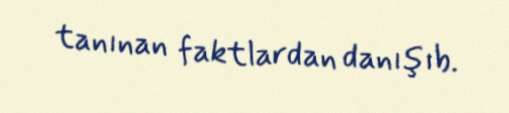
tanınan faktlardan danışıb.